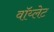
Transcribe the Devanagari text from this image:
वॉय्लेट